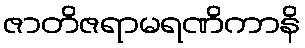
ဇာတိဇရာမရဏိကာနိ